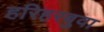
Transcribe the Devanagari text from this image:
हरिहरबुवा